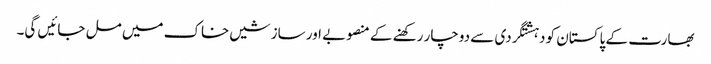
بھارت کے پاکستان کو دہشتگردی سے دوچار رکھنے کے منصوبے اور سازشیں خاک میں مل جائیں گی۔